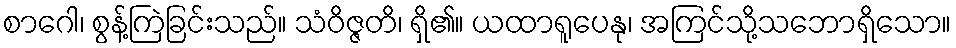
စာဂေါ၊ စွန့်ကြဲခြင်းသည်။ သံဝိဇ္ဇတိ၊ ရှိ၏။ ယထာရူပေနု၊ အကြင်သို့သဘောရှိသော။